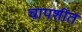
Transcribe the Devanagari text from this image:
चापशीत